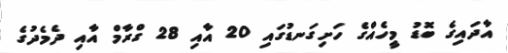
އާދައިގެ ބޮޑު މީހެއްގެ ހަށިގަނޑުގައި 20 އާއި 28 ގްރާމް އާއި ދެމެދުގެ